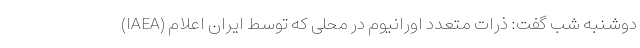
(IAEA) دوشنبه شب گفت: ذرات متعدد اورانیوم در محلی که توسط ایران اعلام